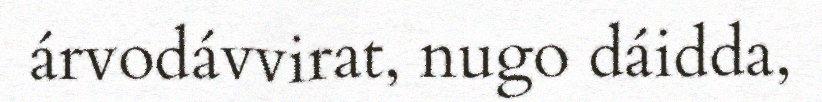
árvodávvirat, nugo dáidda,